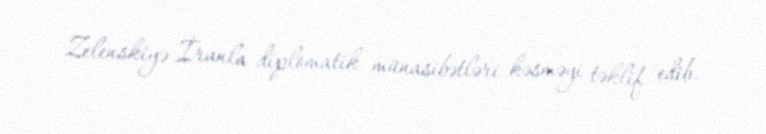
Zelenskiyə İranla diplomatik münasibətləri kəsməyi təklif edib.